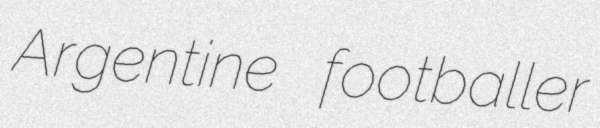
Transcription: Argentine footballer